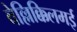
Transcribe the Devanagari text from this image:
वेल्लिक्किलमई